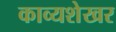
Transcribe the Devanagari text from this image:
काव्यशेखर